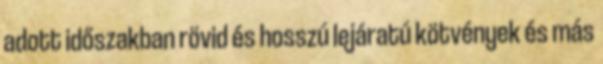
adott időszakban rövid és hosszú lejáratú kötvények és más